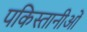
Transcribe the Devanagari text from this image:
पकिस्तानीओं